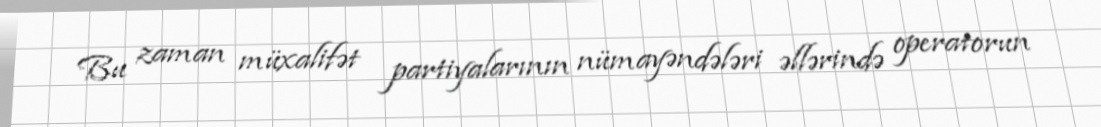
Bu zaman müxalifət partiyalarının nümayəndələri əllərində operatorun